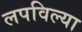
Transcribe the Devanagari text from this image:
लपविल्या